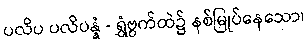
ပလိပ ပလိပန္နံ - ရွှံဗွက်ထဲ၌ နစ်မြုပ်နေသော၊